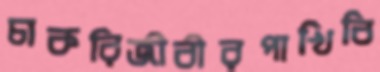
চাকরিজীবীরপাখিবি